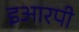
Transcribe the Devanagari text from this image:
इआरपी